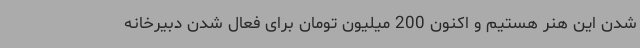
شدن این هنر هستیم و اکنون 200 میلیون تومان برای فعال شدن دبیرخانه